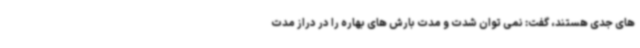
های جدی هستند، گفت: نمی توان شدت و مدت بارش های بهاره را در دراز مدت